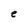
Character: e